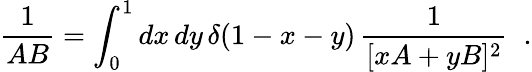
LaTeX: {\frac{1}{AB}}=\int_{0}^{1}dx\, dy\, \delta(1-x-y)\, {\frac{1}{[xA+yB]^{2}}}\; \; .